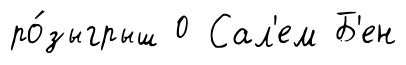
ро́зыгрыш 0 Сал'ем Б'ен